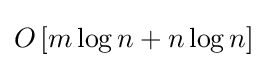
O\left[m\log n+n\log n\right]